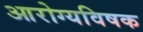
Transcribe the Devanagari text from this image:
आरोग्यविषक